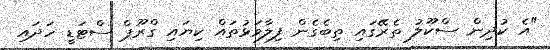
"އެ ކުދިން ސްކޫލު ތެރޭގައި ތިބެގެން ފިލާވަޅުތައް ކިޔައި ގްރޫޕް ސްޓަޑީ ހަދައި